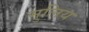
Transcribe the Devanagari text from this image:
मुलिय